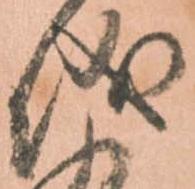
儀